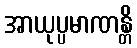
အာယုပ္ပမာဏန္တိ